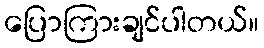
ပြောကြားချင်ပါတယ်။